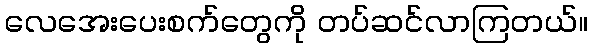
လေအေးပေးစက်တွေကို တပ်ဆင်လာကြတယ်။